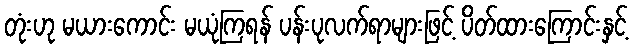
တုံးဟု မယားကောင်း မယုံကြရန် ပန်းပုလက်ရာများဖြင့် ပိတ်ထားကြောင်းနှင့်